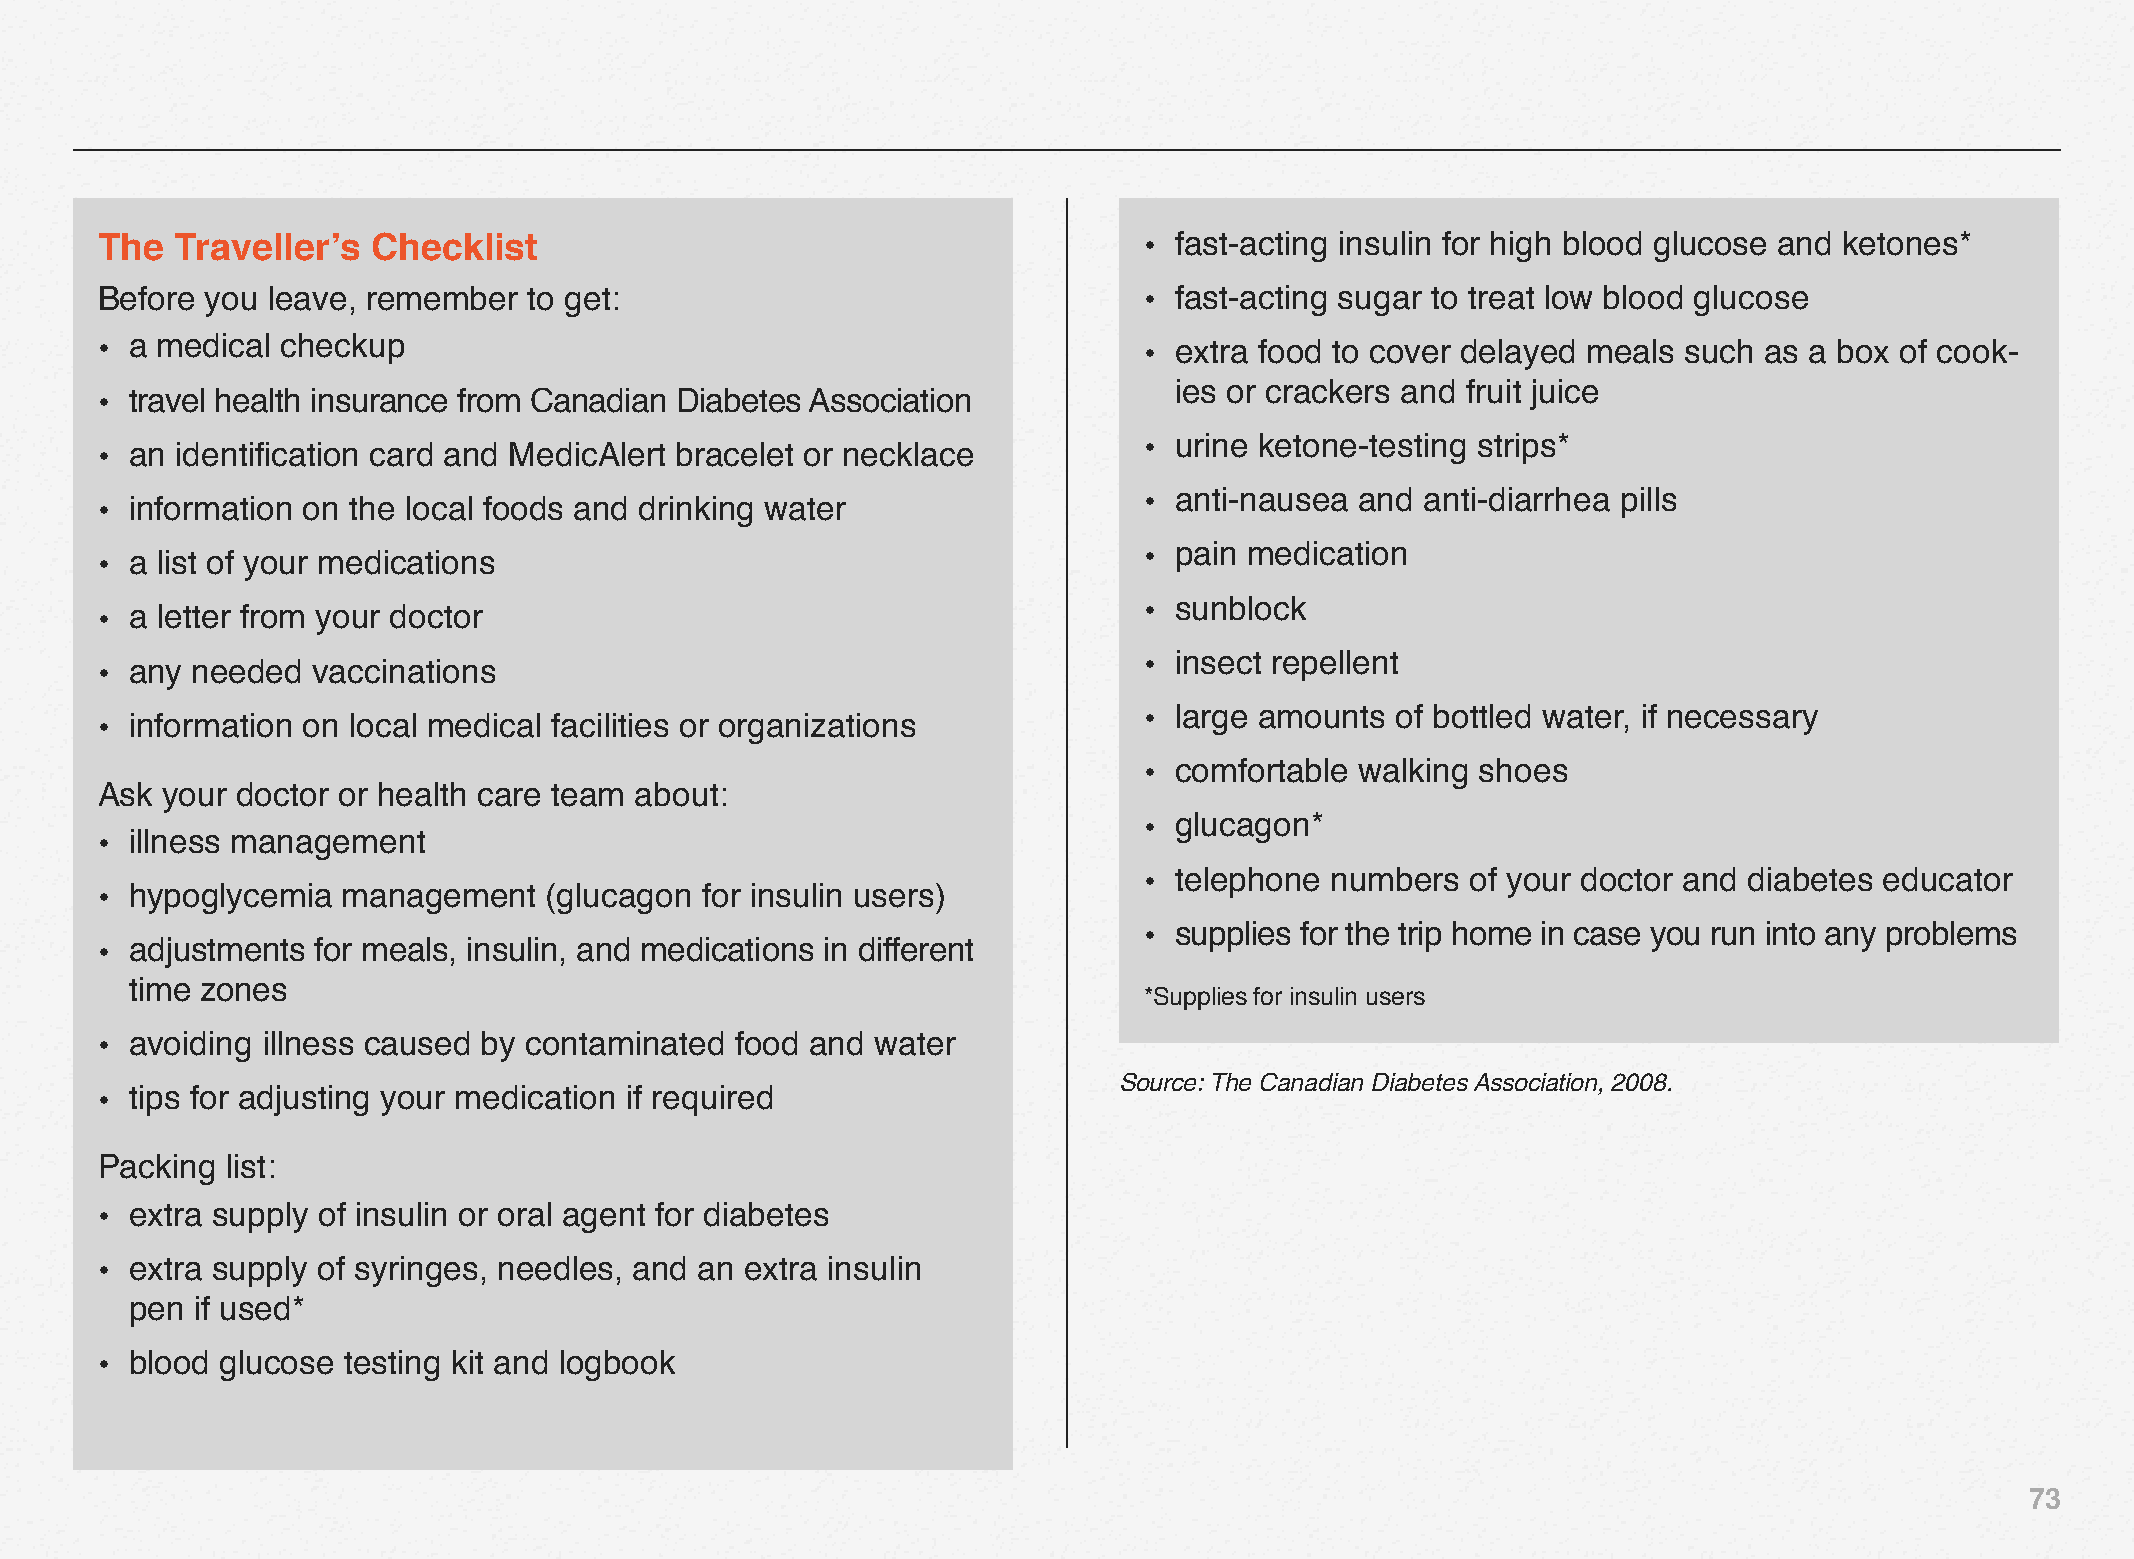
The   Traveller’s  Checklist                                          • fast-acting insulin for high blood glucose and ketones*
 Before  you leave, remember  to get:                                  • fast-acting sugar to treat low blood glucose
 •  a medical checkup                                                  • extra food to cover delayed meals such as a box of cook-
 ies or crackers and fruit juice
 •  travel health insurance from Canadian Diabetes Association
 • urine ketone-testing strips*
 •  an identification card and MedicAlert bracelet or necklace
 • anti-nausea and anti-diarrhea pills
 •  information on the local foods and drinking water
 • pain medication
 •  a list of your medications
 • sunblock
 •  a letter from your doctor
 • insect repellent
 •  any needed  vaccinations
 • large amounts of bottled water, if necessary
 •  information on local medical facilities or organizations
 • comfortable walking shoes
 Ask  your doctor or health care team about:
 • glucagon*
 •  illness management
 • telephone numbers  of your doctor and diabetes educator
 •  hypoglycemia  management   (glucagon for insulin users)
 • supplies for the trip home in case you run into any problems
 •  adjustments for meals, insulin, and medications in different
 time zones
 *Supplies for insulin users
 •  avoiding illness caused by contaminated food and water
 Source: The Canadian Diabetes Association, 2008.
 •  tips for adjusting your medication if required
 Packing  list:
 •  extra supply of insulin or oral agent for diabetes
 •  extra supply of syringes, needles, and an extra insulin
 pen if used*
 •  blood glucose testing kit and logbook
 73